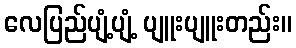
လေပြည်ပျံ့ပျံ့ ပျူးပျူးတည်း။